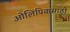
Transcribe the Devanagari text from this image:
ओलिंपिकसाठी